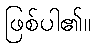
ဖြစ်ပါ၏။